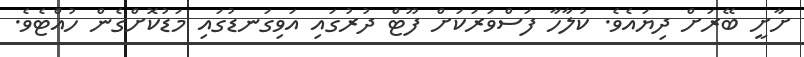
ށާށީ ބޭރަށް ދިޔައެވެ. ކުލާހާ ފަސްވަރަކަށް ފޫޓް ދުރުގައި އަވިގަނޑުގައި މަޑުކޮށްގެން ހުއްޓެވެ.